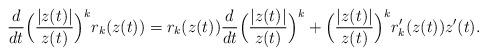
LaTeX: \begin{align*} \frac{d}{dt} \Big(\frac{|z(t)|}{z(t)}\Big)^k r_k(z(t)) = r_k(z(t)) \frac{d}{dt} \Big(\frac{|z(t)|}{z(t)}\Big)^k + \Big(\frac{|z(t)|}{z(t)}\Big)^k r_k'(z(t)) z'(t).\end{align*}